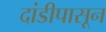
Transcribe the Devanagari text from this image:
दांडीपासून